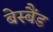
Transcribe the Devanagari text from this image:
बेस्बैंड